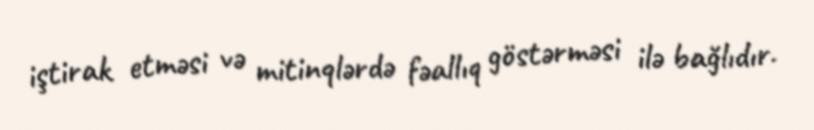
iştirak etməsi və mitinqlərdə fəallıq göstərməsi ilə bağlıdır.